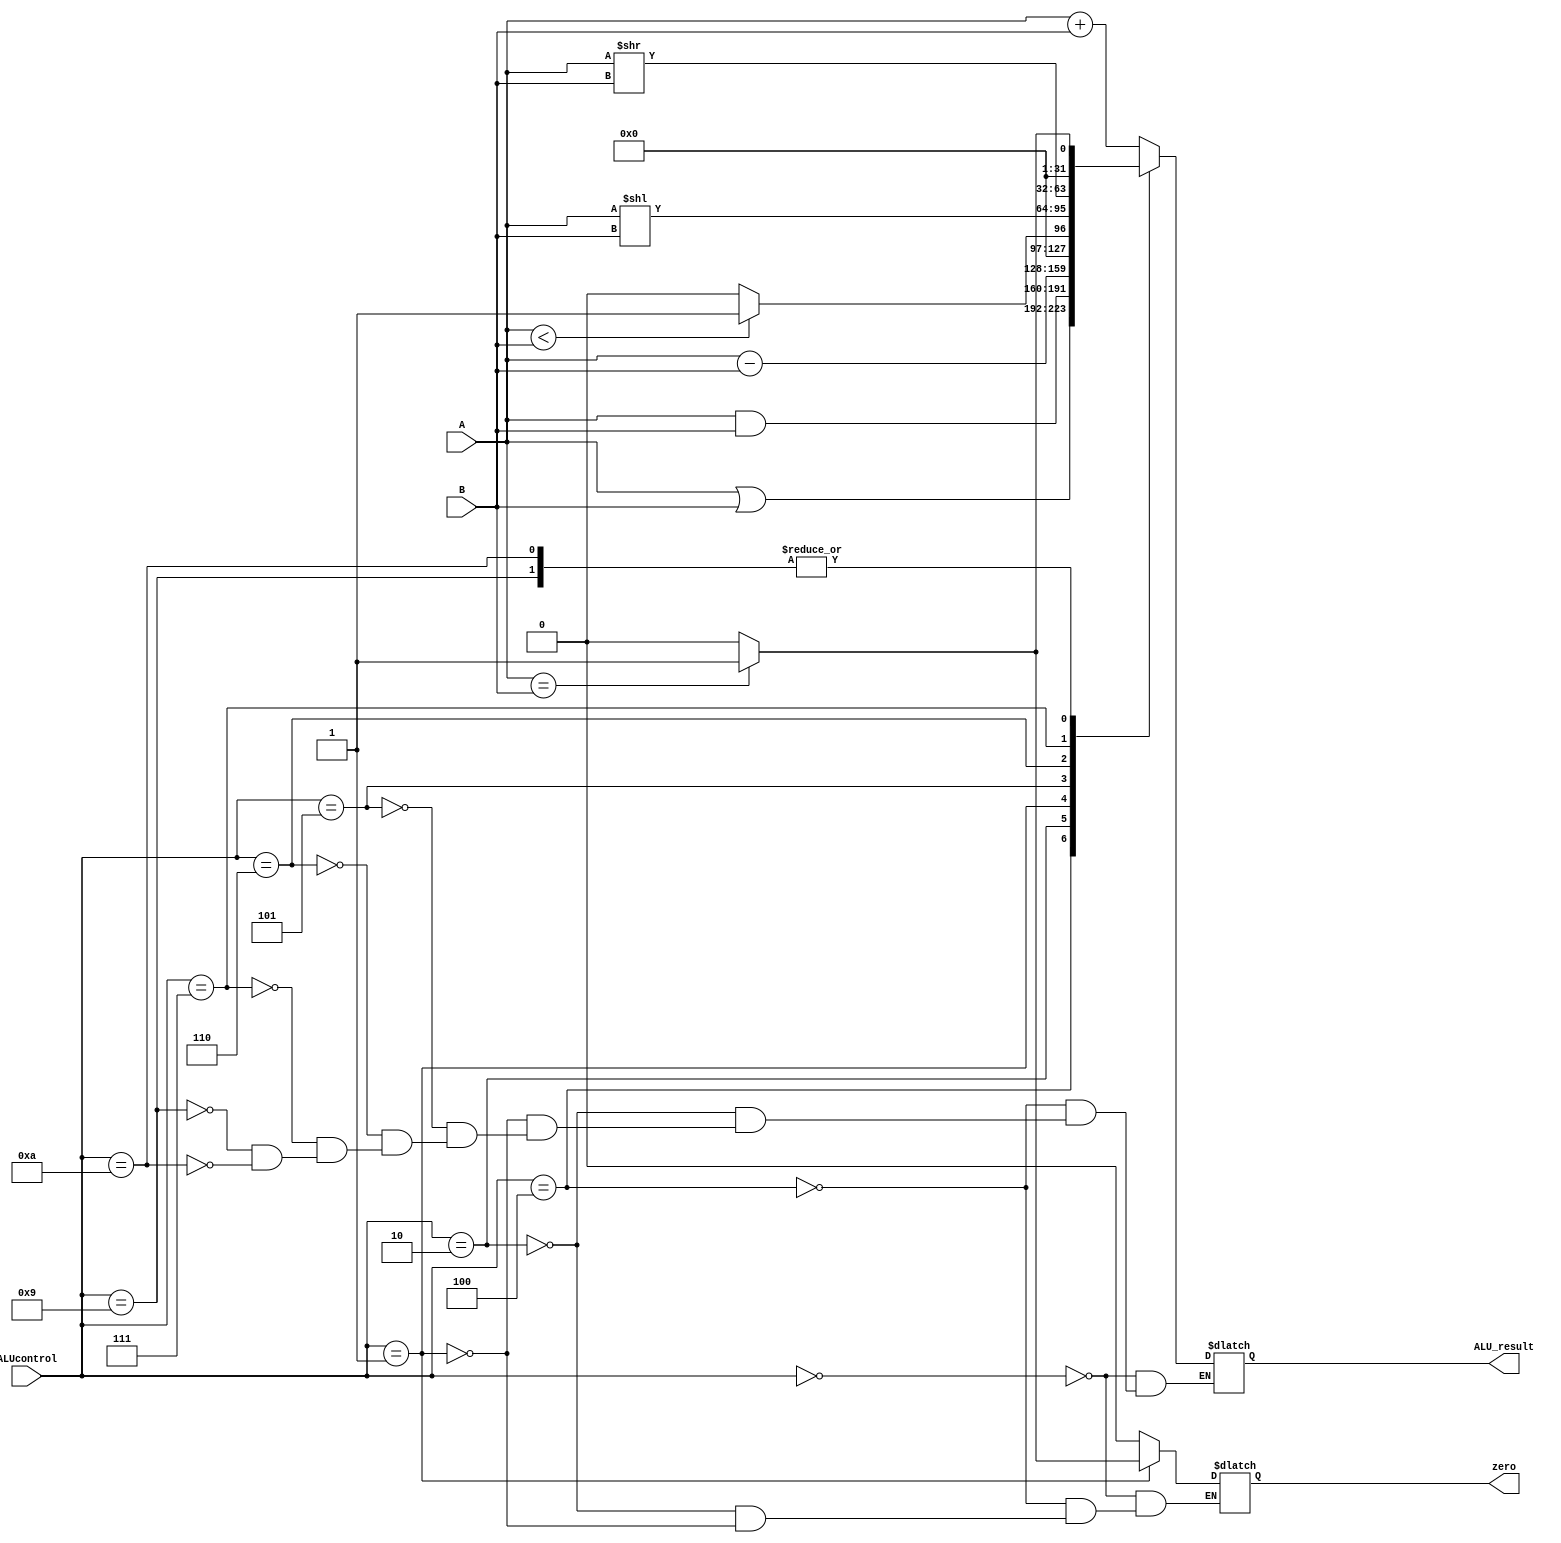
module ALU #(
    parameter OP_WIDTH = 32,
	 parameter ALUCONTROL_WIDTH = 4,
	 parameter ALURESULT_WIDTH = 32,
	 parameter ADD_ALU = 4'b0000,
    parameter SUB_ALU = 4'b0001,
    parameter AND_ALU = 4'b0010,
    parameter OR_ALU = 4'b0011,
    parameter XOR_ALU = 4'b0100,
    parameter SLT_ALU = 4'b0101,
    parameter SHL_ALU = 4'b0110,
    parameter SHR_ALU = 4'b0111,
    parameter EQUAL_ALU = 4'b1001,
    parameter NOT_EQUAL_ALU = 4'b1010
)
(
	input [OP_WIDTH-1:0] A,B,
	input [ALUCONTROL_WIDTH-1:0] ALUcontrol,
	output reg zero,
	output reg [ALURESULT_WIDTH-1:0] ALU_result
	);
always @(ALUcontrol or A or B) begin 
	case (ALUcontrol)
	//gan cac phep tinh toan cho ALU
    ADD_ALU: begin zero =0; ALU_result <= A+B;end
    XOR_ALU: begin zero =0; ALU_result <= A|B;end
    AND_ALU: begin zero =0; ALU_result <= A&B;end
    SUB_ALU: begin if(A==B) zero <=1; else zero <=0; ALU_result <= A-B;end
	 SLT_ALU: ALU_result = (A < B) ? 1 : 0;
	 SHL_ALU: ALU_result = A << B;
	 SHR_ALU: ALU_result = A >> B;
	 EQUAL_ALU:ALU_result = (A == B) ? 1 : 0;
	 NOT_EQUAL_ALU: ALU_result = (A == B) ? 1 : 0;
	endcase
	end
endmodule